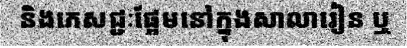
និងភេសជ្ជៈផ្អែមនៅក្នុងសាលារៀន ឬ